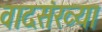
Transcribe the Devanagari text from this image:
वादसंख्या